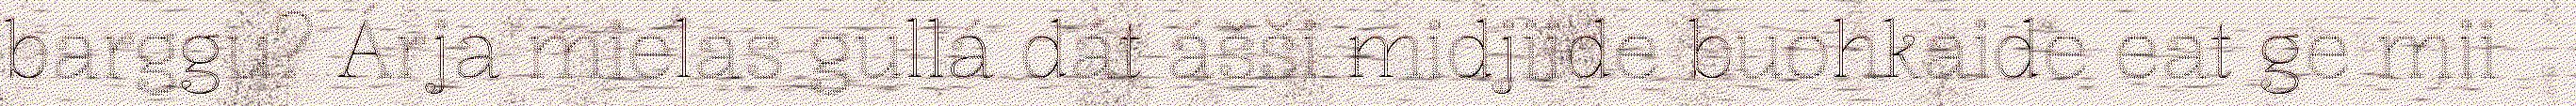
barggu? Árja mielas gullá dát ášši midjiide buohkaide eat ge mii